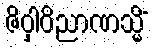
ဇိဝှါဝိညာဏသ္မိံ